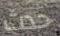
حدث